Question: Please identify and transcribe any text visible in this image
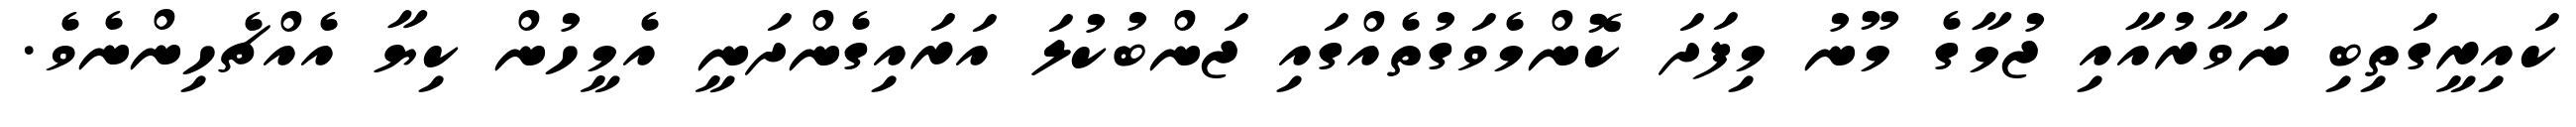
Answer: ކައިރީގަތިބި ނަވާރުއާއި ޖުމާގެ މޫނު މިފަދަ ކޮންމެވަގުތެއްގައި ޖަންބުކުލަ އަރައިގެންދަނީ އެމީހުން ކިޔާ އެއްޗެހިންނެވެ.